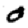
Digit: 0